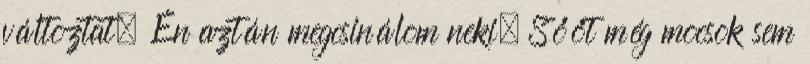
változtat. Én aztán megcsinálom neki. Sőőt még mocsok sem